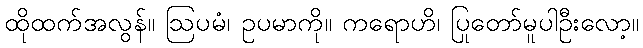
ထိုထက်အလွန်။ ဩပမံ၊ ဥပမာကို။ ကရောဟိ၊ ပြုတော်မူပါဦးလော့။